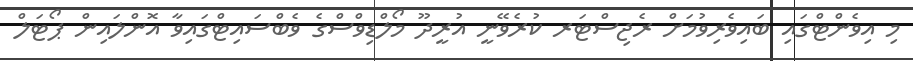
މި އިވެންޓްގައި ބައިވެރިވުމަށް ރެޖިސްޓަރ ކުރެވޭނީ އުރީދޫ މޯލްޑިވްސްގެ ވެބްސައިޓްގައިވާ އޮންލައިން ޕޯޓަލް